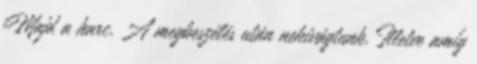
Majd a harc. A megbeszélés után nekivágtunk. Illetve amíg